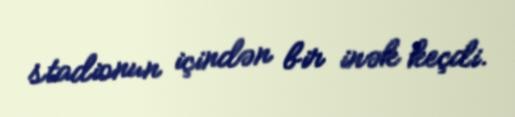
stadionun içindən bir inək keçdi.